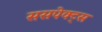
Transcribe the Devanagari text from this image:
ससपेक्ट्स